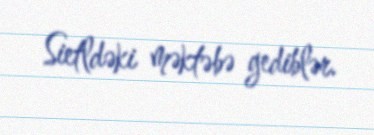
Sietldəki məktəbə gediblər.